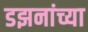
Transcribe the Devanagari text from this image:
डझनांच्या